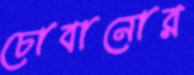
চোবানোর